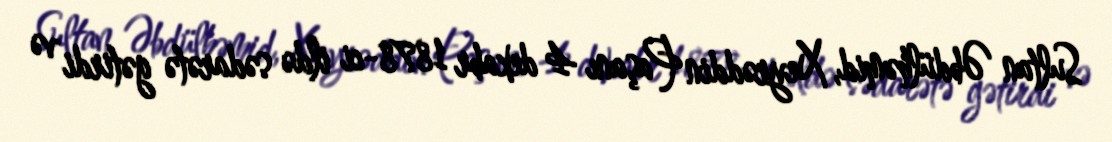
Sultan Əbdülhəmid, Xeyrəddin Paşanı 4 dekabr 1878-ci ildə sədarətə gətirdi və